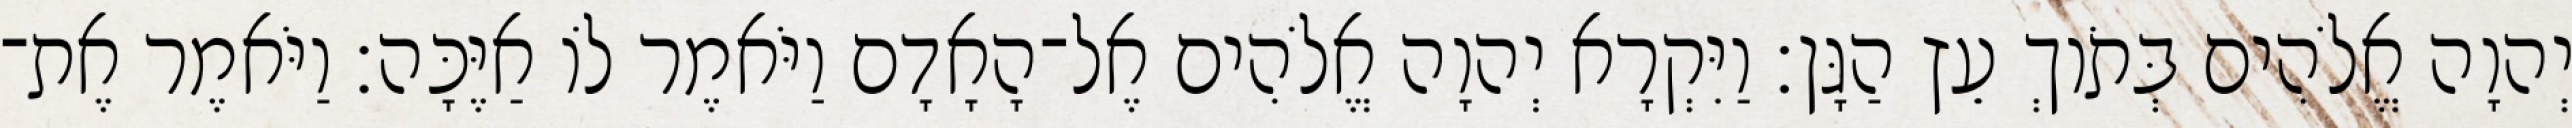
יְהוָה אֱלֹהִים בְּתֹוךְ עֵץ הַגָּן׃ וַיִּקְרָא יְהוָה אֱלֹהִים אֶל־הָאָדָם וַיֹּאמֶר לֹו אַיֶּכָּה׃ וַיֹּאמֶר אֶת־